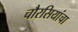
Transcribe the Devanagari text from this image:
चौरसियांचा